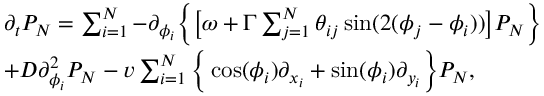
\begin{array} { r l } & { \partial _ { t } P _ { N } = \sum _ { i = 1 } ^ { N } - \partial _ { \phi _ { i } } \bigg \{ \big [ \omega + \Gamma \sum _ { j = 1 } ^ { N } \theta _ { i j } \sin ( 2 ( \phi _ { j } - \phi _ { i } ) ) \big ] P _ { N } \bigg \} } \\ & { + D \partial _ { \phi _ { i } } ^ { 2 } P _ { N } - v \sum _ { i = 1 } ^ { N } \bigg \{ \cos ( \phi _ { i } ) \partial _ { x _ { i } } + \sin ( \phi _ { i } ) \partial _ { y _ { i } } \bigg \} P _ { N } , } \end{array}